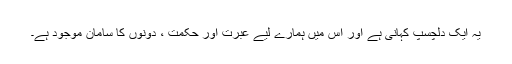
یہ ایک دلچسپ کہانی ہے اور اس میں ہمارے لیے عبرت اور حکمت ، دونوں کا سامان موجود ہے۔